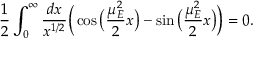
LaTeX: \frac { 1 } { 2 } \int _ { 0 } ^ { \infty } \frac { d x } { x ^ { 1 / 2 } } \Big ( \cos \big ( \frac { \mu _ { E } ^ { 2 } } { 2 } x \big ) - \sin \big ( \frac { \mu _ { E } ^ { 2 } } { 2 } x \big ) \Big ) = 0 .